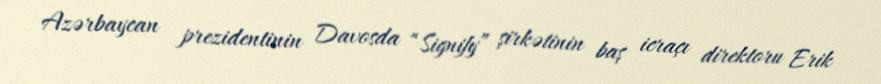
Azərbaycan prezidentinin Davosda “Signify” şirkətinin baş icraçı direktoru Erik